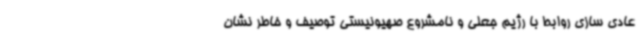
عادی سازی روابط با رژیم جعلی و نامشروع صهیونیستی توصیف و خاطر نشان